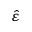
\hat { \varepsilon }